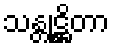
သန္တုဋ္ဌိတာ